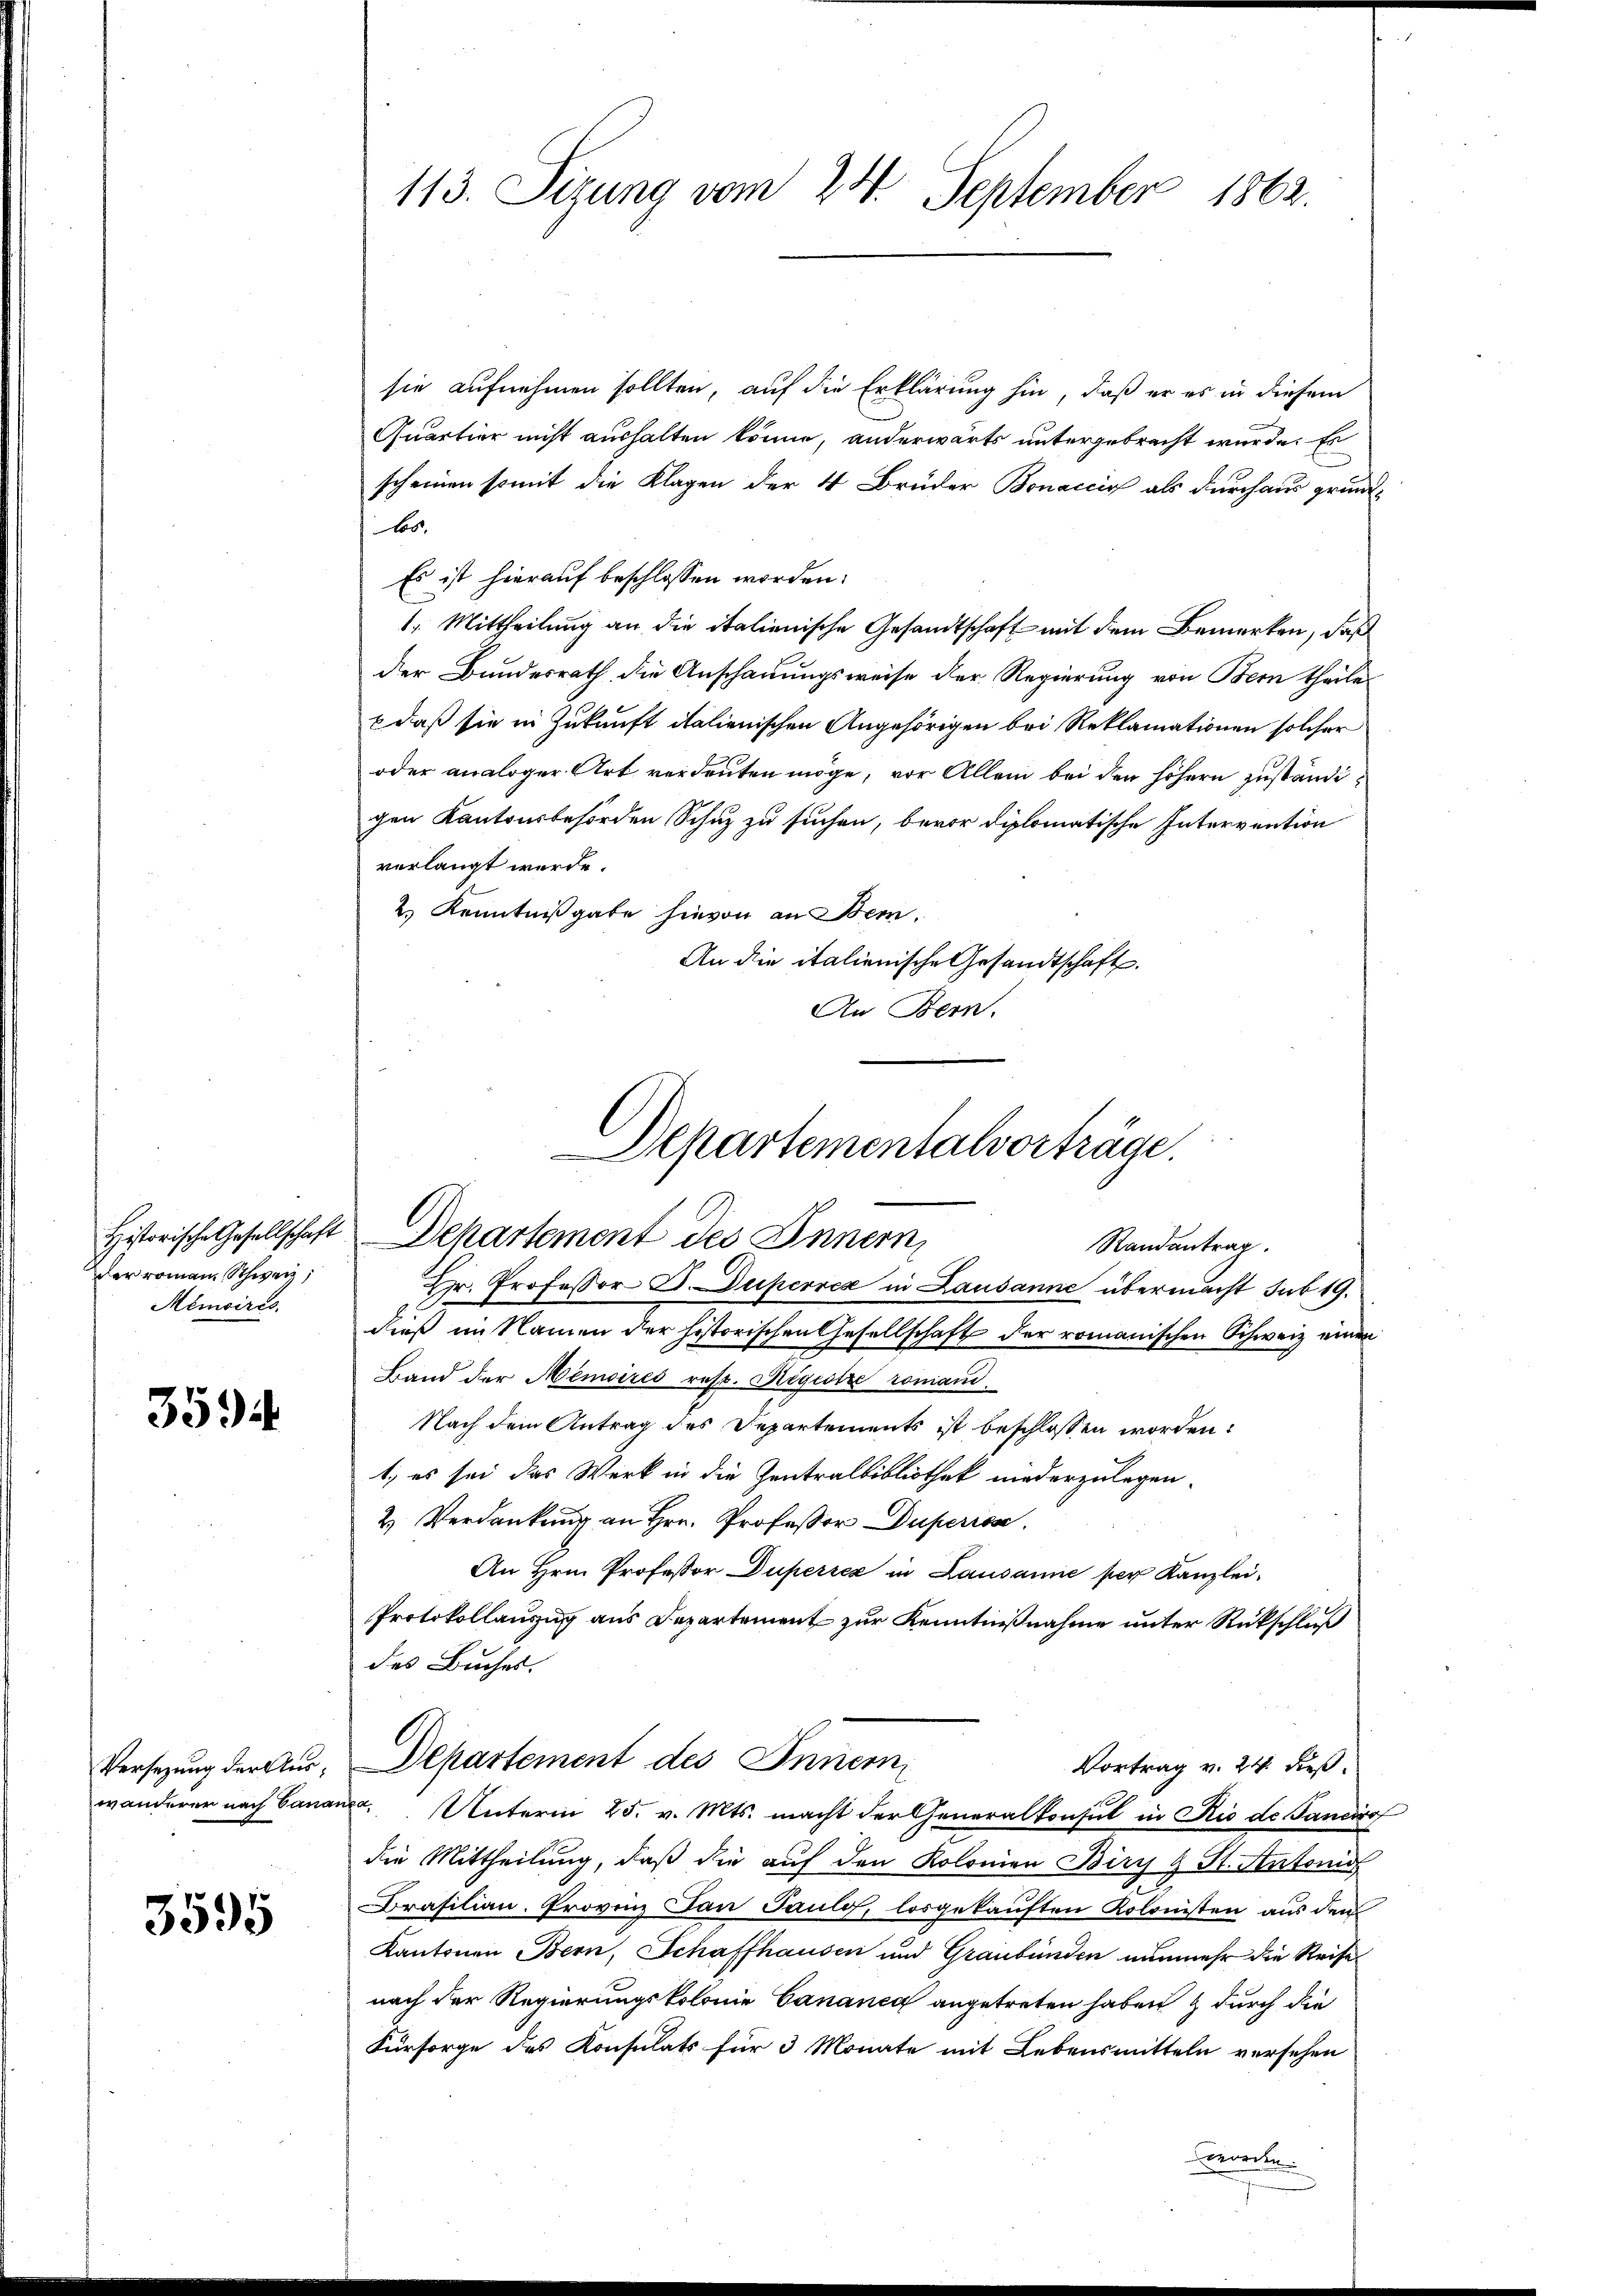
der romann, Schweiz,
Mémoires.

3594

Versezung der Auswanderer nach Cana

3595

113. Sizung vom 24. September 1862.

sie aufnehmen sollten, auf die Erklärung hin, daß er es in diesem
Quartier nicht aushalten könne, anderwärts untergebracht wurde. Es
scheinen somit die Klagen der 4 Brüder Bonaccis als durchaus grundlos
Es ist hierauf beschlossen worden.
1. Mittheilung an die italienische Gesandtschaft mit dem Bemerken, daß
der Bundesrath, die Anschauungsweise der Regierung von Bern theile
& daß sie in Zukunft italienischen Angehörigen bei Reklamationen solcher
oder analoger Art verdeuten möge, vor Allem bei den höhern zuständigen Kantonsbehörden Schuz zu suchen, bevor diplomatische Intervention
verlangt werde.
2.) Kenntnißgabe hievon an Bern.
An die italienische Gesandtschaft.
An Bern.

Hr. Professor G. uperrez in Lausanne übermacht sub 19.
dieß im Namen der historischen Gesellschaft der romanischen Schweiz einer
Land der Memoires rest. Registre romand
Nach dem Antrag des Departements ist beschlossen worden:
1; es sei das Werk in die Zentralbibliothek niederzulegen.
2 Verdankung an Hrn. Professor Duperiss.
An Hrn. Professor Dupericz in Lausanne per Kanzlei-
Protokollausung aus Departement zur Kenntnißnahme unter Rückschluß
des Buches.
Departement des Inner
Vortrag v. 24. dieß.
nfer
Unterm 25. v. Mts. macht der Generalkonsul in Rio de Janeiro
die Mittheilung, daß die auf den Kolonien Birch 4 St. Antons
rasilian. Provinz Jan Paulo, losgekauften Kolonisten aus den
Kantonen Bern, Schaffhausen und Graubünden nunmehr die Reise
nach der Regierungskolonie Cananca angetreten haben & durch die
Fürsorge des Konsulats für 3 Monate mit Lebensmitteln versehen
worden.

Departementalvorträge
Historische Gesellschaft Departement des Innern,
Randantrag.